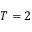
T = 2